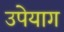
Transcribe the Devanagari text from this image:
उपेयाग